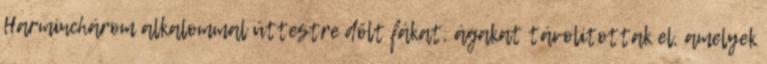
Harminchárom alkalommal úttestre dőlt fákat, ágakat távolítottak el, amelyek